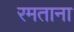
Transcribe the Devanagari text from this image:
रमताना